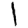
Digit: 1